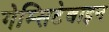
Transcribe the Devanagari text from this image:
गेम्सिटेबाइन